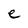
Character: e